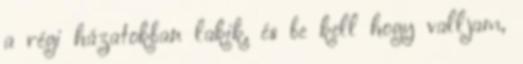
a régi házatokban lakik, és be kell hogy valljam,